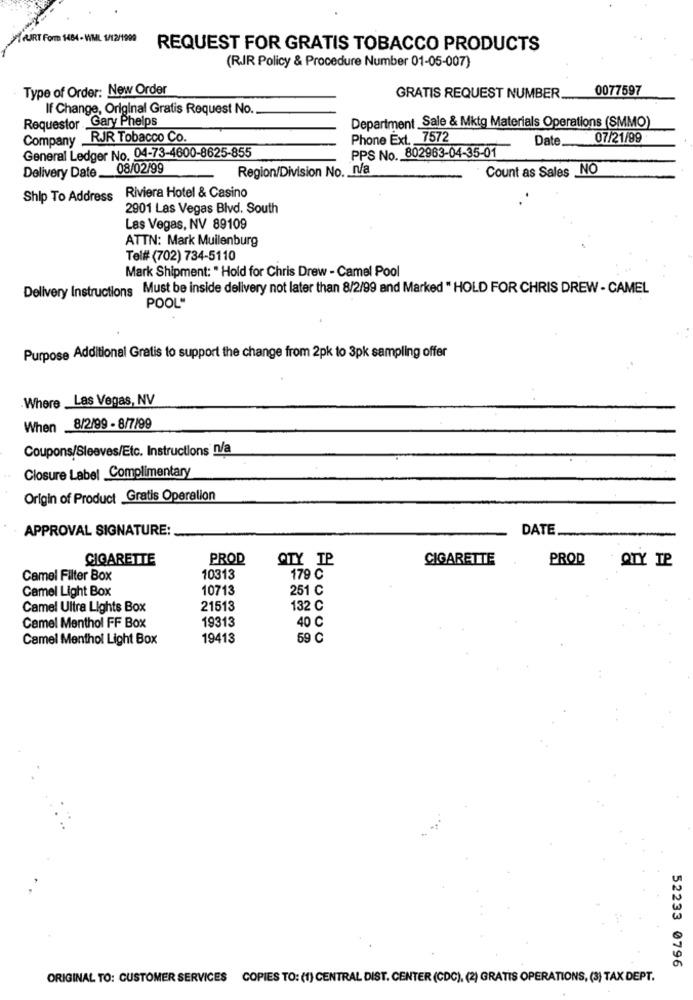
Form 1484- WM
REQUEST FOR GRATIS TOBACCO PRODUCTS
(RIR Policy & Procedure Number 01-05-007)
Type of Order: New Order
0077597
GRATIS REQUEST NUMBER.
If Change, Original Gratis Request No.
Requestor Gary Phelps
Department Sale & Mktg Materials Operations (SMMO)
Company RJR Tobacco Co.
Phone Ext. 7572
Date.
07/21/99
General Ledger No. 04-73-4600-8625-855
PPS No. 802963-04-35-01
08/02/99
Region/Division No. n/a
Count as Sales NO
Delivery Date
Ship To Address
Riviera Hotel & Casino
2901 Las Vegas Blvd. South
Las Vegas, NV 89109
ATTN: Mark Muilenburg
Tel## (702) 734-5110
Mark Shipment: " Hold for Chris Drew - Camel Pool
Delivery Instructions Must be inside delivery not later than 8/2/99 and Marked " HOLD FOR CHRIS DREW - CAMEL
POOL"
Purpose Additional Gratis to support the change from 2pk to 3pk sampling offer
Where _Las Vegas, NV
When
8/2/99 - 8/7/99
Coupons/Sleeves/Etc. Instructions n/a
Closure Label Complimentary
Origin of Product Gratis Operalion
APPROVAL SIGNATURE:
DATE
CIGARETTE
PROD
QTY IP
CIGARETTE
PROD
QTY TP
Camel Filter Box
10313
179 C
Camel Light Box
10713
251 C
Camel Ultra Lights Box
21513
132 C
19313
40 C
Camel Menthol FF Box
Camel Menthol Light Box
19413
59 C
52233 0796
ORIGINAL TO: CUSTOMER SERVICES COPIES TO: (1) CENTRAL DIST. CENTER (CDC), (2) GRATIS OPERATIONS, (3) TAX DEPT.